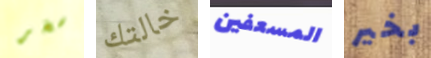
سخر خالتك المسعفين بخير